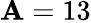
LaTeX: \mathbf{A}=13